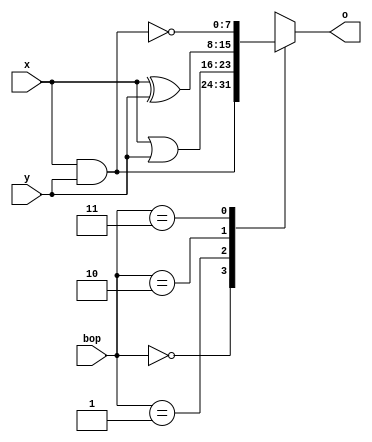
`timescale 1ns / 1ps

module bitlu(
    input [1:0] bop,
    input [7:0] x,
    input [7:0] y,
    output reg [7:0] o
    );

wire [7:0] xorv;
wire [7:0] andv;
wire [7:0] orv;
wire [7:0] nandv;
assign xorv = x ^ y;
assign andv = x & y;
assign orv = x | y;
assign nandv = ~(x & y);

parameter [1:0] AND = 2'b00;
parameter [1:0] OR = 2'b01;
parameter [1:0] XOR = 2'b10;
parameter [1:0] NAND = 2'b11;

always @(bop or x or y) begin
	case (bop)
		AND: o = andv;
		OR: o = orv;
		XOR: o = xorv;
		NAND: o = nandv;
		default: o = andv;
	endcase
end

endmodule